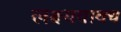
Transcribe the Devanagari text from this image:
लक्ष्यवाक्य